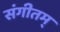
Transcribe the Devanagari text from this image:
संगीतम्‌